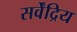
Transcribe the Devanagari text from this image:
सर्वेंद्रिय